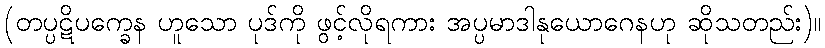
(တပ္ပဋိပက္ခေန ဟူသော ပုဒ်ကို ဖွင့်လိုရကား အပ္ပမာဒါနုယောဂေနဟု ဆိုသတည်း)။